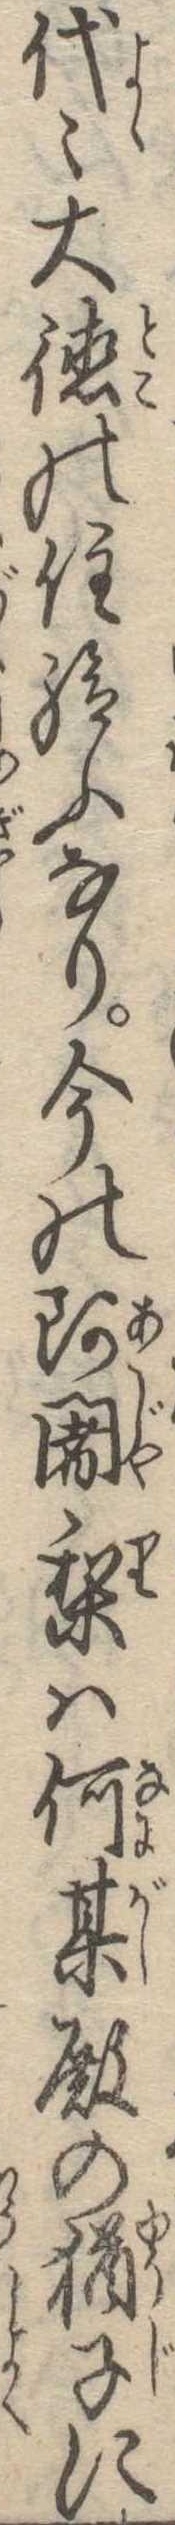
代大徳の住給ふなり今の阿闍梨は何某殿の猶子に